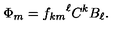
\Phi _ { m } = { f _ { k m } } ^ { \ell } C ^ { k } B _ { \ell } .